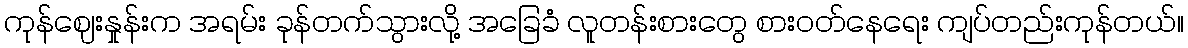
ကုန်ဈေးနှုန်းက အရမ်း ခုန်တက်သွားလို့ အခြေခံ လူတန်းစားတွေ စားဝတ်နေရေး ကျပ်တည်းကုန်တယ်။